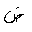
Letter: _dad